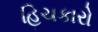
હિચકારો